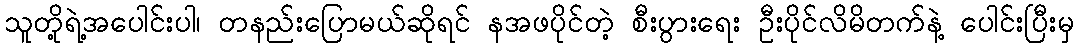
သူတို့ရဲ့အပေါင်းပါ၊ တနည်းပြောမယ်ဆိုရင် နအဖပိုင်တဲ့ စီးပွားရေး ဦးပိုင်လိမိတက်နဲ့ ပေါင်းပြီးမှ